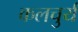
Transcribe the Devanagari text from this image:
कलचुर्य